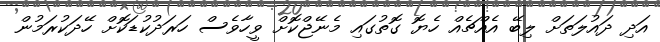
އަދި ދައުލަތަށް ލިބޭ އެއްޗެއް ހެޔޮ ގޮތުގައި މެނޭޖްކޮށް ވީހާވެސް ހަރަދުކުޑަކޮށް ހޭދަކުރަމުން